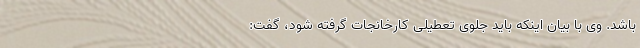
باشد. وی با بیان اینکه باید جلوی تعطیلی کارخانجات گرفته شود، گفت: